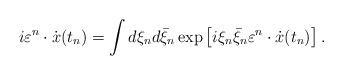
LaTeX: \begin{align*}i\varepsilon ^n \cdot \dot x(t_n ) = \int {d\xi _n } d\bar \xi _n \exp \left[ {i\xi _n \bar \xi _n \varepsilon ^n \cdot \dot x(t_n )} \right].\end{align*}